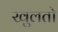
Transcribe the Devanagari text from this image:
खुलतो